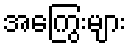
အကြွေးများ